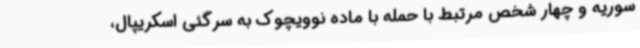
سوریه و چهار شخص مرتبط با حمله با ماده نوویچوک به سرگئی اسکریپال،